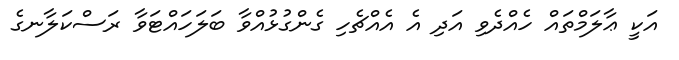
އަކީ ޢާލަމްތައް ހެއްދެވި އަދި އެ އެއްޗެހި ގެންގުޅުއްވާ ބަލަހައްޓަވާ ރަސްކަލާނގެ